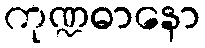
ကုဏ္ဍဓာနော